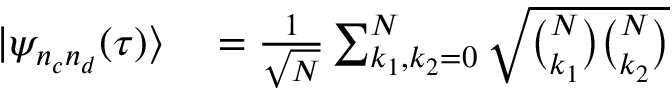
\begin{array} { r l } { | { \psi } _ { n _ { c } n _ { d } } ( \tau ) \rangle } & { { } = \frac { 1 } { \sqrt { \cal N } } \sum _ { k _ { 1 } , k _ { 2 } = 0 } ^ { N } \sqrt { { \binom { N } { k _ { 1 } } } { \binom { N } { k _ { 2 } } } } } \end{array}